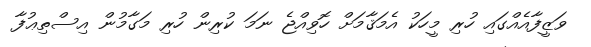
ވަޒީފާއެއްގައި ހުރި މީހަކު އެމަޤާމަށް ހޮވިއްޖެ ނަމަ ކުރިން ހުރި މަގާމުން އިސްތިޢުފާ